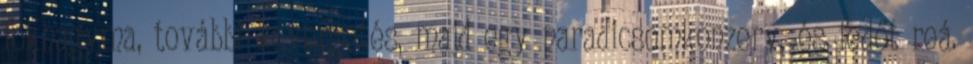
fokhagyma, további kevergetés, majd egy paradicsomkonzerv, és fedőt reá.